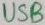
Text: USB